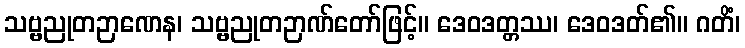
သဗ္ဗညုတဉာဏေန၊ သဗ္ဗညုတဉာဏ်တော်ဖြင့်။ ဒေဝဒတ္တဿ၊ ဒေဝဒတ်၏။ ဂတိံ၊